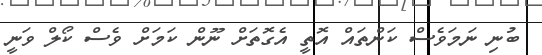
ބުނި ނަމަވެސް ކަންތައް އޮތީ އެގޮތަށް ނޫން ކަމަށް ވެސް ކޯލް ވަނީ